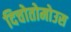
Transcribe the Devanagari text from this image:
दिचोतोमोउस